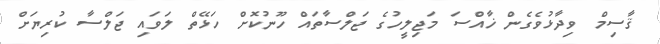
ޤާސިމް ވިދާޅުވެގެން ޚާއްސަ މަޖިލީހުގެ ޖަލްސާތައް ހޫނުކޮށް ހަޅޭތް ލަވައި ޖަލްސާ ކުރިޔަށް